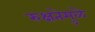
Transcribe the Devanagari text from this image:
रुक्षतेमुळे